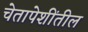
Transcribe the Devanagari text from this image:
चेतापेशींतील